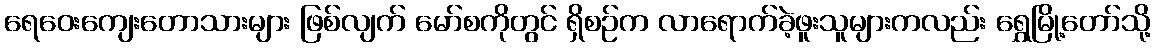
ရေဝေးကျေးတောသားများ ဖြစ်လျက် မော်စကိုတွင် ရှိစဉ်က လာရောက်ခဲ့ဖူးသူများကလည်း ရွှေမြို့တော်သို့